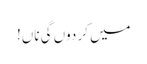
میں کر دوں گی ناں!